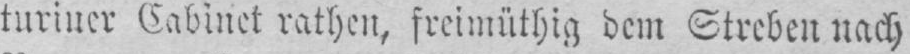
turiuer Cabinet rathen, freimüthig dem Streben nach